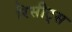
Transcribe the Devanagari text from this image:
रिसीट्स